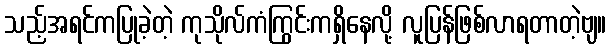
သည့်အရင်ကပြုခဲ့တဲ့ ကုသိုလ်ကံကြွင်းကရှိနေလို့ လူပြန်ဖြစ်လာရတာတဲ့ဗျ။